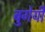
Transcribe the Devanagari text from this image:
बुगेयी